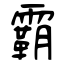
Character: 霸